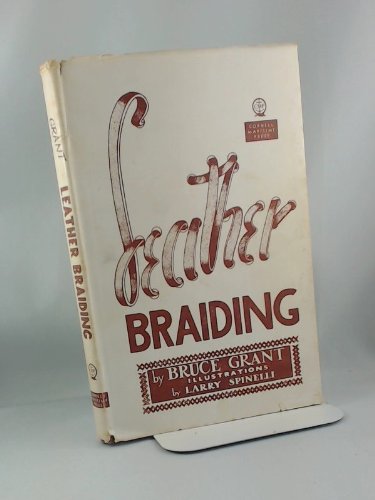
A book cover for Leather braiding;; Bruce Grant; Crafts, Hobbies & Home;